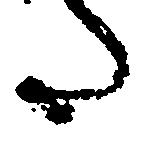
た